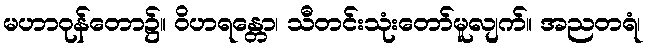
မဟာဝုန်တော၌။ ဝိဟရန္တော၊ သီတင်းသုံးတော်မူလျက်။ အညတရံ၊